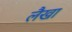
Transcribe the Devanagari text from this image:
लैखा